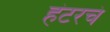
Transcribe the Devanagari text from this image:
हंटरचं